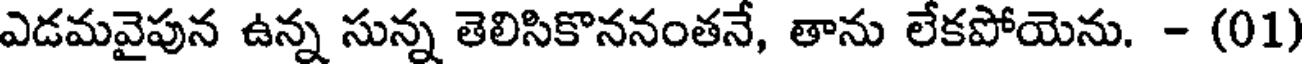
ఎడమవైపున ఉన్న సున్న తెలిసికొననంతనే, తాను లేకపోయెను. - (01)